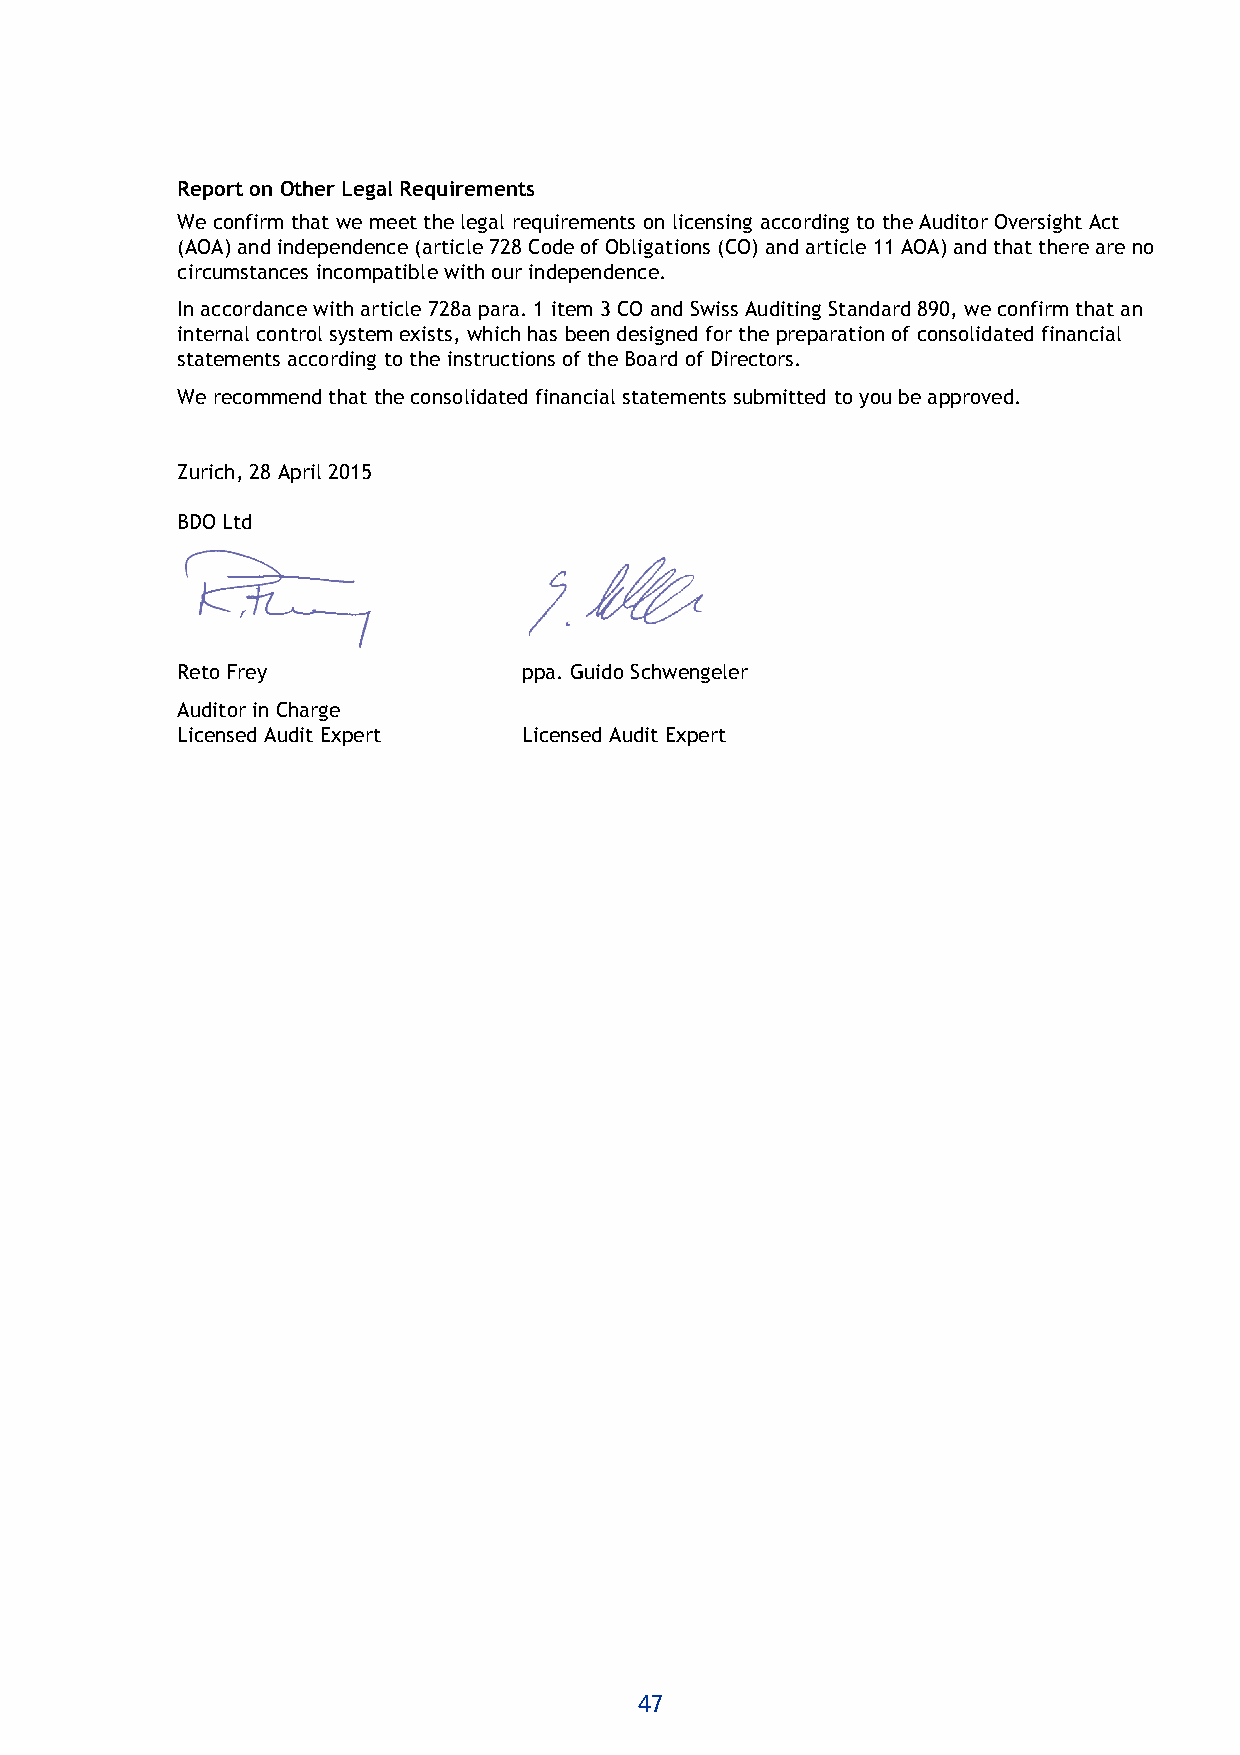
Report on Other Legal Requirements
 We confirm that we meet the legal requirements on licensing according to the Auditor Oversight Act
 (AOA) and independence (article 728 Code of Obligations (CO) and article 11 AOA) and that there are no
 circumstances incompatible with our independence.
 In accordance with article 728a para. 1 item 3 CO and Swiss Auditing Standard 890, we confirm that an
 internal control system exists, which has been designed for the preparation of consolidated financial
 statements according to the instructions of the Board of Directors.
 We recommend that the consolidated financial statements submitted to you be approved.
 Zurich, 28 April 2015
 BDO Ltd
 Reto Frey              ppa. Guido Schwengeler
 Auditor in Charge
 Licensed Audit Expert  Licensed Audit Expert
 47